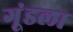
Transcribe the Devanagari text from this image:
गूंडला